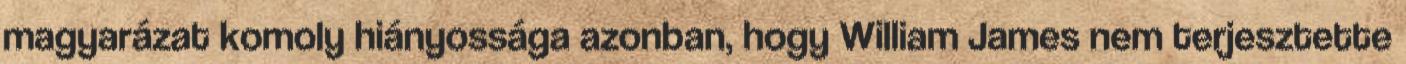
magyarázat komoly hiányossága azonban, hogy William James nem terjesztette